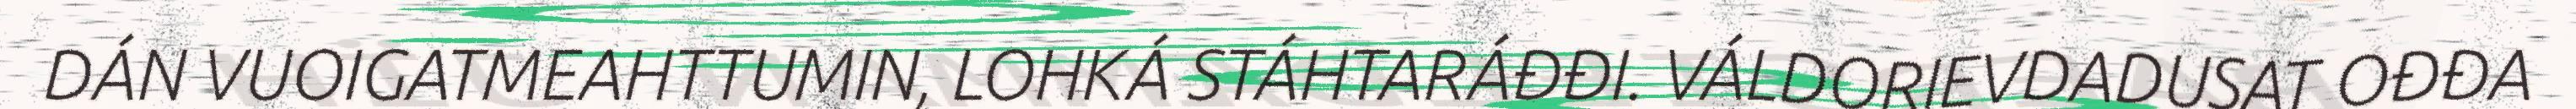
DÁN VUOIGATMEAHTTUMIN, LOHKÁ STÁHTARÁĐĐI. VÁLDORIEVDADUSAT OĐĐA